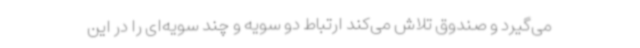
می‌گیرد و صندوق تلاش می‌کند ارتباط دو سویه و چند سویه‌ای را در این